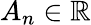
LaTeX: A_{n}\in\mathbb{R}